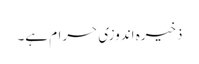
ذخیرہ اندوزی حرام ہے۔